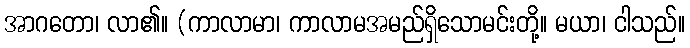
အာဂတော၊ လာ၏။ (ကာလာမာ၊ ကာလာမအမည်ရှိသောမင်းတို့။ မယာ၊ ငါသည်။